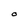
Character: O